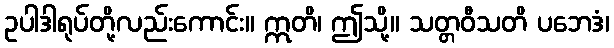
ဥပါဒါရုပ်တို့လည်းကောင်း။ ဣတိ၊ ဤသို့။ သတ္တဝီသတိ ပဘေဒံ၊